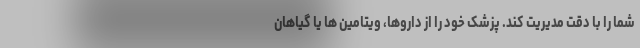
شما را با دقت مدیریت کند. پزشک خود را از داروها، ویتامین ها یا گیاهان